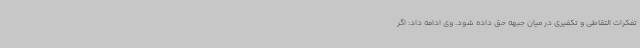
تفکرات التقاطی و تکفیری در میان جبهه حق داده شود. وی ادامه داد: اگر